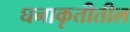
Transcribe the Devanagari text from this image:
घनाकृतीतील